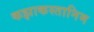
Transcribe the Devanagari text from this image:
कझाकस्तानिम